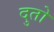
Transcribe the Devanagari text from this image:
दुतो